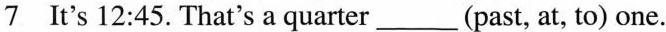
7 It's 12:45. That's a quarter___(past, at, to) one.